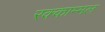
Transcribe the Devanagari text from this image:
रक्काम्मल